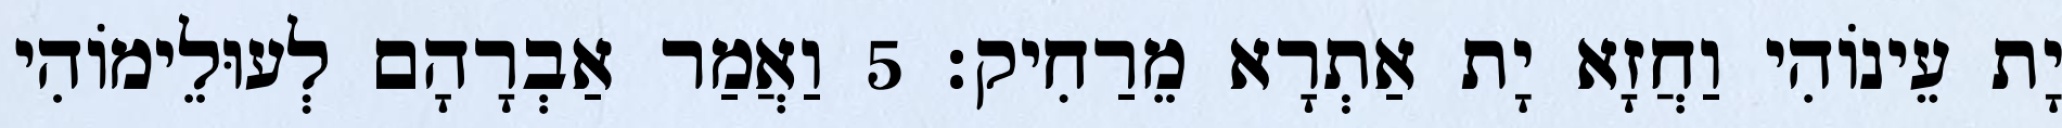
יָת עֵינוֹהִי וַחֲזָא יָת אַתְרָא מֵרַחִיק׃ 5 וַאֲמַר אַבְרָהָם לְעוּלֵימוֹהִי